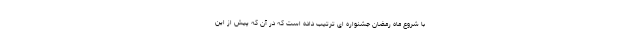
با شروع ماه رمضان جشنواره ای ترتیب داده است که در آن که پیش از این